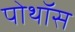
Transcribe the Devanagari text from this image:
पोथॉस